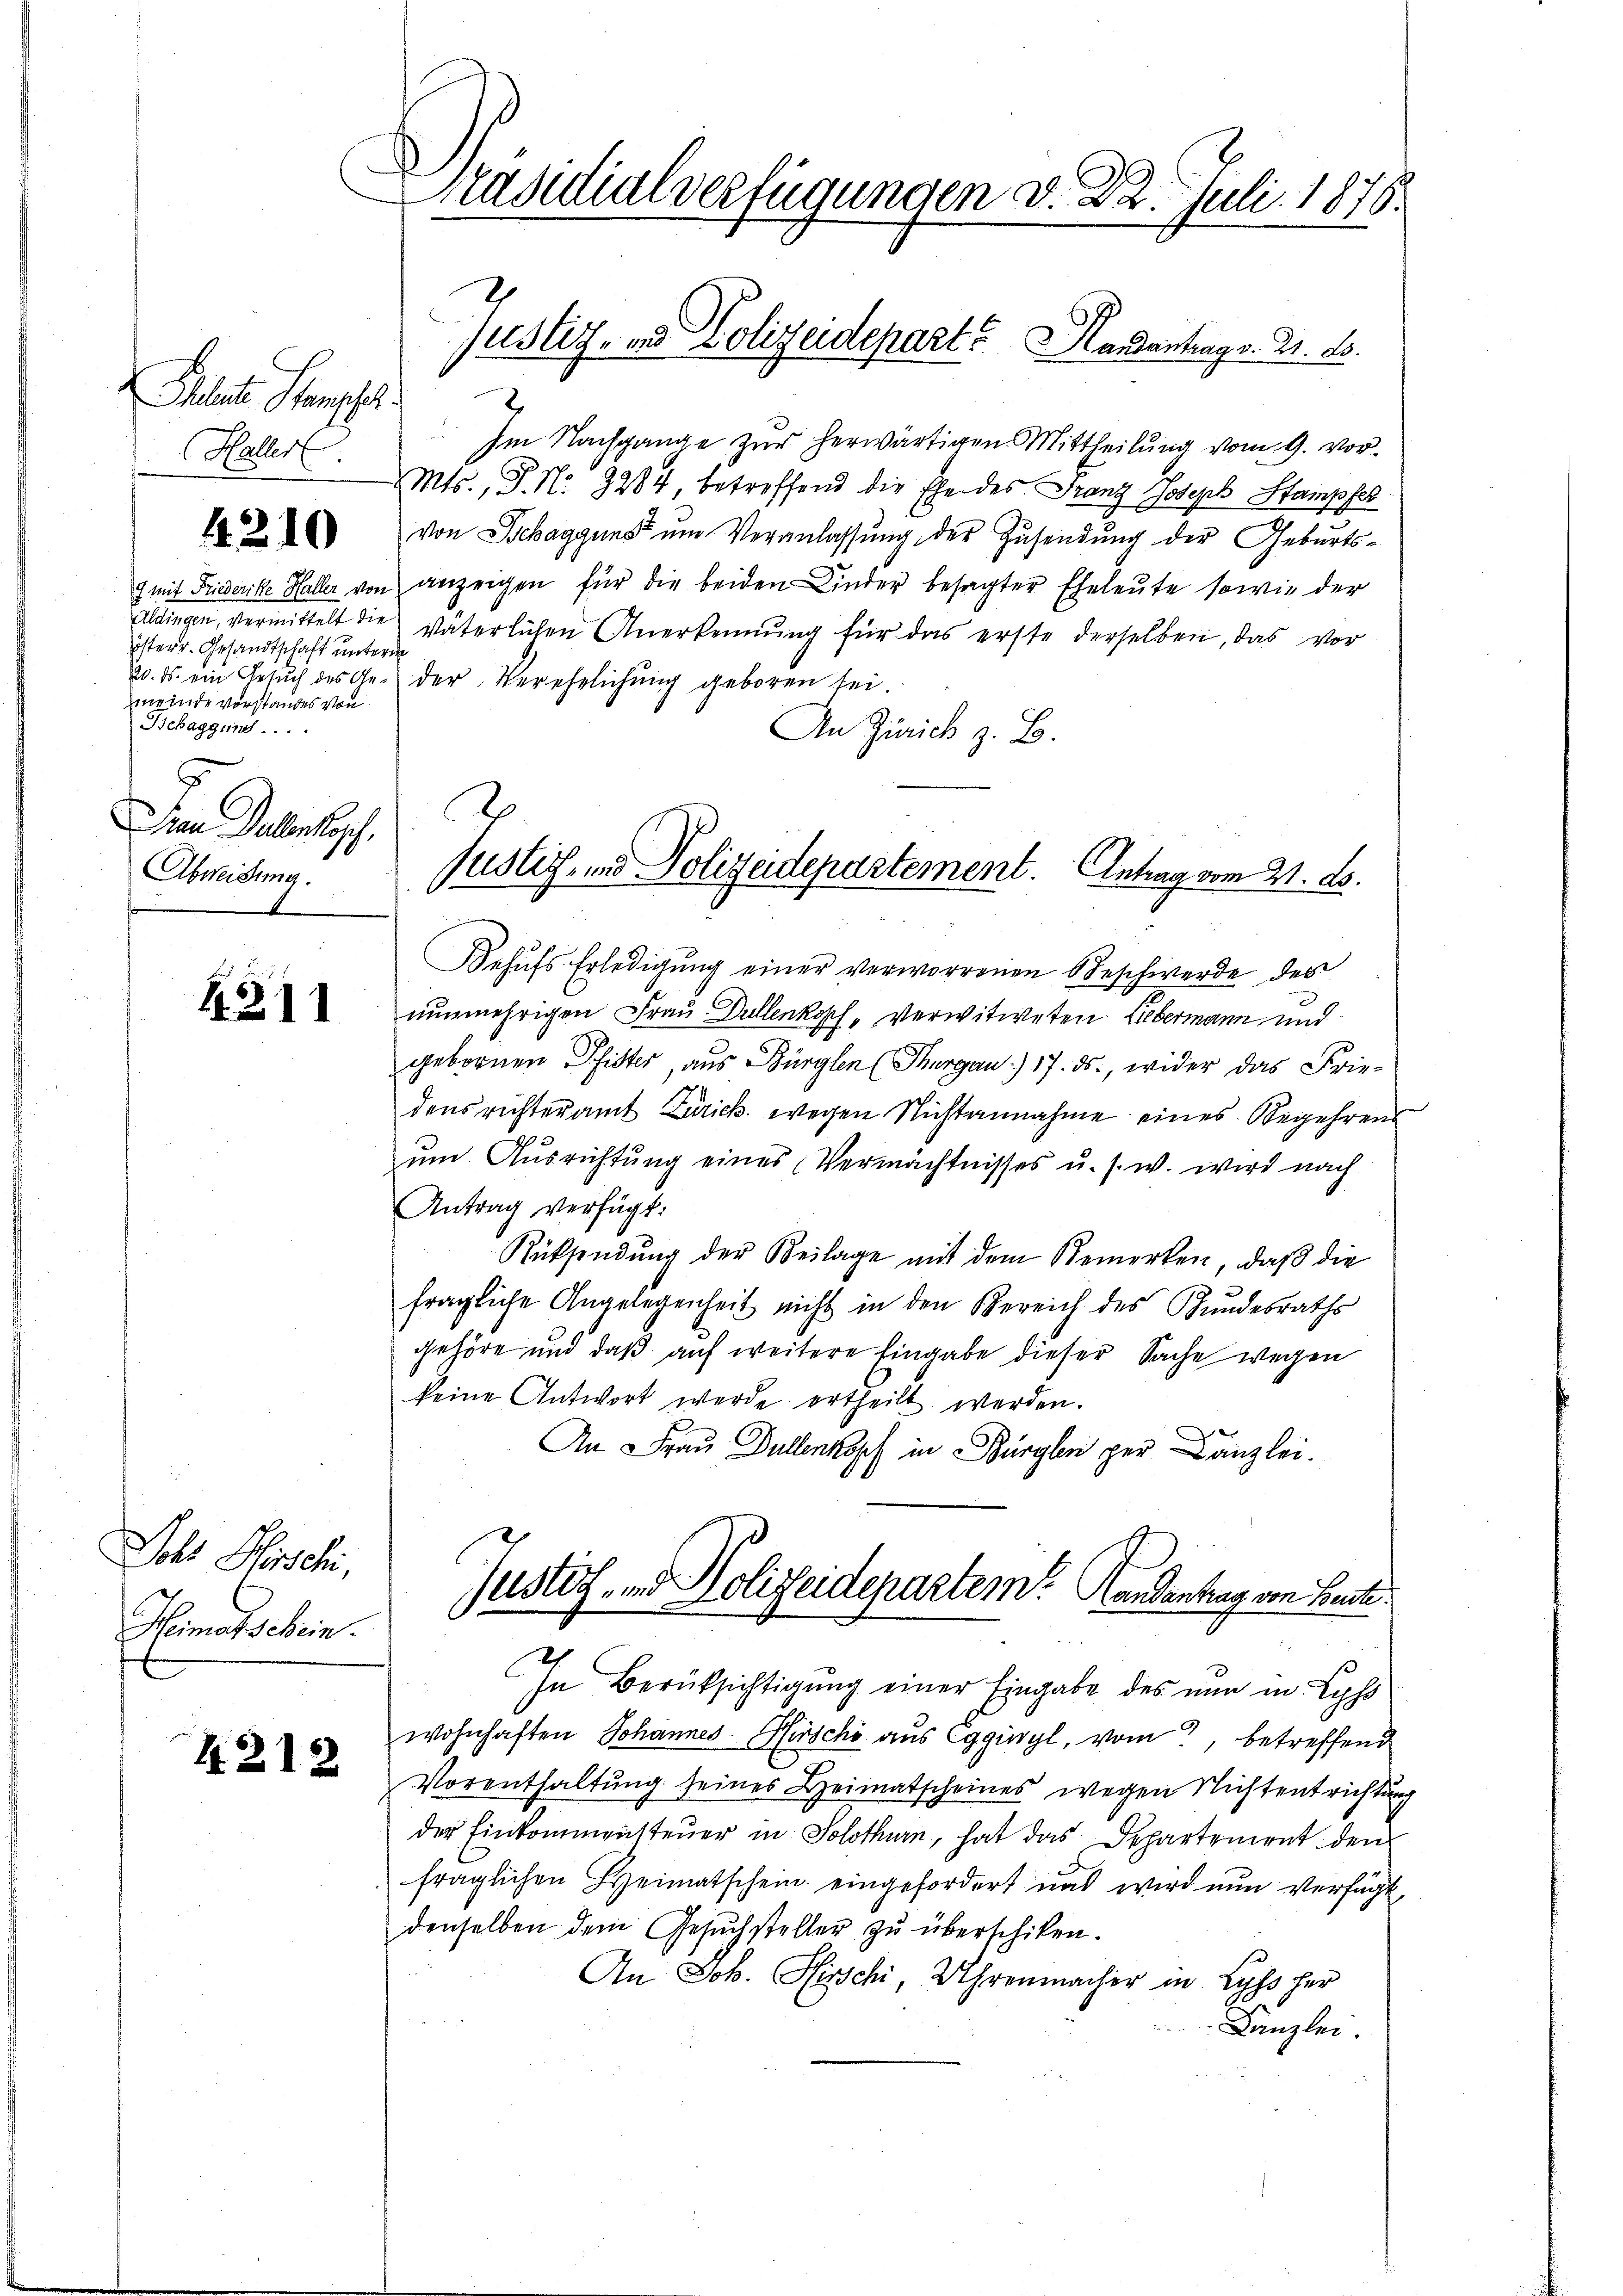
heleute Stanscher
Hallerl

4210

9 mit Friederike Haller vor
Einungen, vermittelt die
österr. Gesandtschaft unter
20. ds. ein Gesuch des Gemeinde vorstandes von
Behbaggene
5
Frau Bullenkopf,
Abweisung.

4311

Scht Poschi,
Heimatschein.

4212

Präsidialverfügungen v. 22. Juli 1876.
Justiz- und Polizeidepart? Mandantrags. Z. B.

¬
Im Nachgange zur herwärtigen Mittheilung vom 9. vor¬
Mts., P. Nr. 3284, betreffend die Ehe des Franz Joseph Stampfes
von Schaggunst um Veranlassung der Zusendung der Geburtsanzeigen für die beiden Kinder besagter Eheleute sowie der
väterlichen Anerkennung für das erste derselben, das vor
fe
der Verehelichung geboren sei.
An Zürich z. B.
Behufs Erledigung einer verworrenen Beschwerde des
nunmehrigen Frau Dullenkopf, Verwitweten Liebermann und
gebornen Pfister, aus Bürglen (Thurgau) 17. ds., wider das Friedens richteramt Zürich wegen Nichtannahme eines Begehrens
um. Ausrichtung eines Vermächtnisses u. s. w. wird nach
Antrag verfügt:
Rücksendung der Beilage mit dem Bemerken, daß die
3
fragliche Angelegenheit nicht in den Bereich des Bundesraths
gehöre und daß auf weitere Eingabe dieser Sache wegen
keine Antwort werde ertheilt werden.
An Frau Bullenkopf in Bürglen per Canzlei.

Justiz- und Polizeidepartement. Antrag vom 21. A.

Justiz- und Polizeidepartem Handantrag von Beute.
-

In Berücksichtigung einer Eingabe des nun in Lypho
wohnhaften Johannes Hirschi aus Eggigl, vom betreffend
Vorenthaltung seines Heimatscheines wegen Nichtentrichtung
der Einkommensteuer in Solothurn, hat das Departement den
fraglichen Heimatschein eingefordert und wird nun verfügt,
denselben dem Gesŭchsteller zu überschiken.
An Joh. Hirschi, Uhrenmacher in Lyss her
Kanzlei.